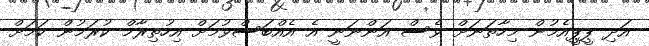
އަދި ޕީޕީއެމުން މިހާތަނަށް ވެސް އަންނަނީ އެ އެއްބަސްވުމަށް އިހުތިރާމް ކުރަމުން ކަމަށް